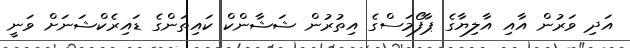
އަދި ވަރުން އާއި އާލިޔާގެ ޕާފޯމަސްގެ އިތުރުން ޝަޝާންކް ކައިތަންގެ ޑައިރެކްޝަނަށް ވަނީ